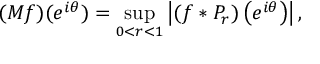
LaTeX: ( M f ) ( e ^ { i \theta } ) = \operatorname* { s u p } _ { 0 < r < 1 } \left| ( f * P _ { r } ) \left( e ^ { i \theta } \right) \right| ,